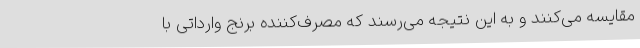
مقایسه می‌کنند و به این نتیجه می‌رسند که مصرف‌کننده برنج وارداتی با